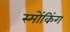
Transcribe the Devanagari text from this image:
स्मोंकिंग